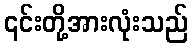
၎င်းတို့အားလုံးသည်